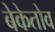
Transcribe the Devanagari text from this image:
बेकेतोव